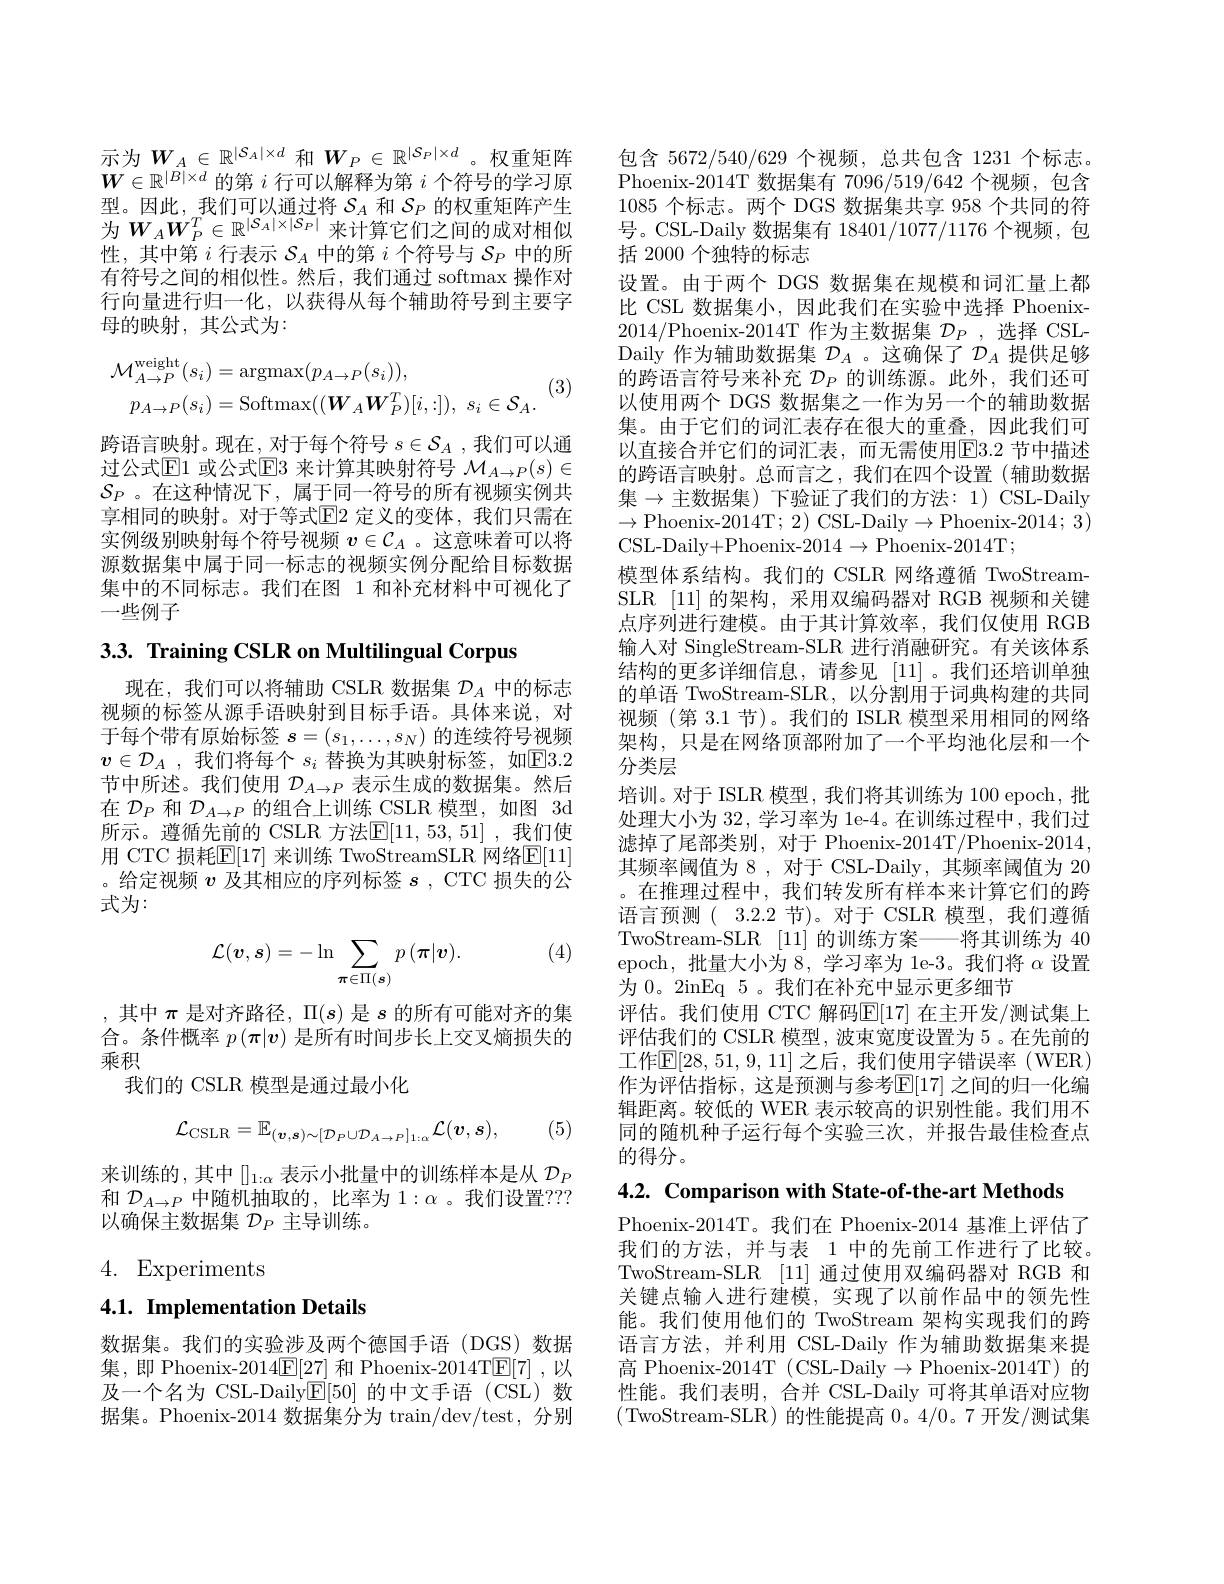
示为$W_A\in\mathbb{R}^{|S_A|\times d}$ 和$W_P\in\mathbb{R}^{|S_P|\times d}$。权重矩阵$W\in\mathbb{R}^{|B|\times d}$的第$i$行可以解释为第$i$个符号的学习原型。因此，我们可以通过将$S_A$和$S_P$的权重矩阵产生为$W_AW_P^T\in\mathbb{R}^{|\mathcal{S}_A|\times|\mathcal{S}_P|}$来计算它们之间的成对相似性，其中第$i$行表示$\mathcal{S}_A$中的第$i$个符号与$\mathcal{S}_P$中的所有符号之间的相似性。然后，我们通过 softmax 操作对行向量进行归一化，以获得从每个辅助符号到主要字母的映射，其公式为：
$$\begin{aligned}\mathcal{M}_{A\to P}^{\mathrm{weight}}(s_{i})&=\mathrm{argmax}(p_{A\to P}(s_{i})),\\p_{A\to P}(s_{i})&=\mathrm{Softmax}((\boldsymbol{W}_{A}\boldsymbol{W}_{P}^{T})[i,:]),\:s_{i}\in\mathcal{S}_{A}.\end{aligned}$$
(3)

跨语言映射。现在，对于每个符号 $s\in\mathcal{S}_A$,我们可以通过公式$\mathbb{E}$1 或公式$\mathbb{E}$3 来计算其映射符号 $\mathcal{M}_A\to P(s)\in$ $\mathcal{S}_P$ 。在这种情况下，属于同一符号的所有视频实例共享相同的映射。对于等式$\mathbb{E}$2 定义的变体，我们只需在实例级别映射每个符号视频$v\in\mathcal{C}_A$ 。这意味着可以将源数据集中属于同一标志的视频实例分配给目标数据集中的不同标志。我们在图 1 和补充材料中可视化了一些例子

3.3. Training CSLR on Multilingual Corpus

现在，我们可以将辅助 CSLR 数据集$\mathcal{D}_A$中的标志视频的标签从源手语映射到目标手语。具体来说，对于每个带有原始标签$s=(s_1,\ldots,s_N)$的连续符号视频$v\in \mathcal{D} _A$ ,我们将每个$s_i$替换为其映射标签，如E3.2节中所述。我们使用$\mathcal{D}_A\to P$表示生成的数据集。然后在$\mathcal{D}_P$和$\mathcal{D}_A\to P$的组合上训练 CSLR 模型，如图 3d 所示。遵循先前的 CSLR 方法$\mathbb{E}[11,53,51]$ ,我们使用 CTC 损耗$\mathbb{E}[17]$ 来训练 TwoStreamSLR 网络$\mathbb{E}[11]$ 。给定视频$v$及其相应的序列标签$s$, CTC 损失的公式为：

(4)
$$\mathcal{L}(\boldsymbol{v},\boldsymbol{s})=-\ln\sum_{\boldsymbol{\pi}\in\Pi(\boldsymbol{s})}p\:(\boldsymbol{\pi}|\boldsymbol{v}).$$
,其中$\pi$是对齐路径，$\Pi(s)$是$s$的所有可能对齐的集合。条件概率$p\left(\boldsymbol{\pi}|\boldsymbol{v}\right)$是所有时间步长上交叉熵损失的乘积
我们的 CSLR 模型是通过最小化
$$\mathcal{L}_{\mathrm{CSLR}}=\mathbb{E}_{(\boldsymbol{v},\boldsymbol{s})\sim[\mathcal{D}_{P}\cup\mathcal{D}_{A\to P}]_{1:\alpha}}\mathcal{L}(\boldsymbol{v},\boldsymbol{s}),$$
(5)

来训练的，其中[]_{1:$\alpha 表示小批量中的训练样本是从 D_P$ 和$\mathcal{D}_A\to P$中随机抽取的，比率为 1$:\alpha$ 。我们设置？?? 以确保主数据集$\mathcal{D}_P$主导训练。

4. Experiments

# 4.1. Implementation Details

数据集。我们的实验涉及两个德国手语(DGS)数据集，即 Phoenix-2014$\underline{\mathrm{E}}[27]$和 Phoenix-2014T$\underline{\mathrm{E}}[7]$ ,以据集。Phoenix-2014 数据集分为 train/dev/test, 分别

包含 5672/540/629 个视频，总共包含 1231 个标志。Phoenix-2014T 数据集有 7096/519/642 个视频，包含1085个标志。两个 DGS 数据集共享 958 个共同的符号。CSL-Daily 数据集有 18401/1077/1176 个视频，包括 2000 个独特的标志
设置。由于两个 DGS 数据集在规模和词汇量上都比 CSL 数据集小，因此我们在实验中选择 Phoenix- 2014/Phoenix-2014T 作为主数据集 $\mathcal{D}_P$,选择 CSLDaily 作为辅助数据集$\mathcal{D}_A$ 。这确保了$\mathcal{D}_A$提供足够的跨语言符号来补充$\mathcal{D}_P$的训练源。此外，我们还可以使用两个 DGS 数据集之一作为另一个的辅助数据集。由于它们的词汇表存在很大的重叠，因此我们可以直接合并它们的词汇表，而无需使用$\overline{\mathrm{E}}3.2$ 节中描述的跨语言映射。总而言之，我们在四个设置(辅助数据集$\to$主数据集)下验证了我们的方法：1)CSL-Daily $\to$Phoenix-2014T; 2) CSL-Daily$\to$Phoenix-2014; 3) $CSL- Daily+ Phoenix- 2014\to$Phoenix- 2014T;
模型体系结构。我们的 CSLR 网络遵循 TwoStreamSLR [11] 的架构，采用双编码器对 RGB 视频和关键点序列进行建模。由于其计算效率，我们仅使用 RGB 输人对 SingleStream-SLR 进行消融研究。有关该体系结构的更多详细信息，请参见[11]。我们还培训单独的单语 TwoStream-SLR, 以分割用于词典构建的共同视频 (第 3.1 节)。我们的 ISLR 模型采用相同的网络架构，只是在网络顶部附加了一个平均池化层和一个分类层
培训。对于 ISLR 模型，我们将其训练为 100 epoch,批处理大小为 32, 学习率为 1e-4。在训练过程中，我们过滤掉了尾部类别，对于 Phoenix-2014T/Phoenix-2014, 其频率阈值为 8 , 对于 CSL-Daily , 其频率阈值为 20 。在推理过程中，我们转发所有样本来计算它们的跨语言预测( 3.2.2 节)。对于 CSLR 模型，我们遵循TwoStream-SLR [11]的训练方案——将其训练为 40 epoch,批量大小为 8, 学习率为 le-3。我们将$\alpha$设置为 0。2inEq 5 。我们在补充中显示更多细节
评估。我们使用 CTC 解码$\mathbb{E}[17]$ 在主开发/测试集上评估我们的 CSLR 模型，波束宽度设置为 5 。在先前的工作$\mathbb{E}[28,51,9,11]$之后，我们使用字错误率(WER) 作为评估指标，这是预测与参考$\mathbb{E}[17]$ 之间的归一化编辑距离。较低的 WER 表示较高的识别性能。我们用不同的随机种子运行每个实验三次，并报告最佳检查点的得分。
4.2. Comparison with State-of-the-art Methods

Phoenix-2014T。我们在 Phoenix-2014 基准上评估了我们的方法，并与表 1 中的先前工作进行了比较。TwoStream-SLR [11]通过使用双编码器对 RGB 和关键点输入进行建模，实现了以前作品中的领先性能。我们使用他们的 TwoStream 架构实现我们的跨语言方法，并利用 CSL-Daily 作为辅助数据集来提
高 Phoenix-2014T (CSL-Daily$\to$Phoenix-2014T)的
及一个名为 CSL-Daily$\ddot{\mathbb{E}}[50]$的中文手语 (CSL) 数 性能。我们表明，合并 CSL-Daily 可将其单语对应物
(TwoStream-SLR)的性能提高0。4/0。7 开发/测试集